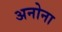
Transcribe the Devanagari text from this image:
अनोना